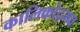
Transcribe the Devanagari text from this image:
कालिकोद्भव